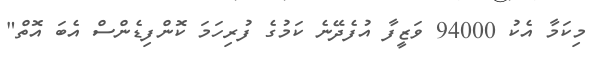
މިކަމާ އެކު 94000 ވަޒީފާ އުފެދޭނެ ކަމުގެ ފުރިހަމަ ކޮންފިޑެންސް އެބަ އޮތް"